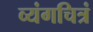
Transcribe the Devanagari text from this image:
व्यंगचित्रं